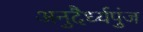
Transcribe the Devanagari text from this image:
अनुदैर्ध्यपुंज